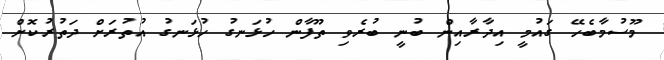
މޫސުމާބެހޭ ގައުމީ އިދާރާއިން ބުނީ ބުރެވި ތޫފާން ހުޅަނގު ހުޅަނގު އުތުރަށް ދަތުރުކޮށް